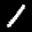
Label: 1